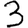
Digit: 3